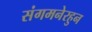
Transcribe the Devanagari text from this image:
संगमनेरहुन